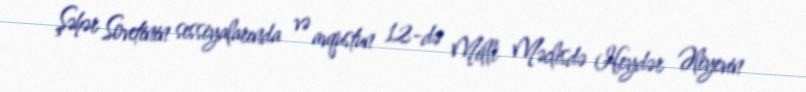
Şəhər Sovetinin sessiyalarında və avqustun 12-də Milli Məclisdə Heydər Əliyevin